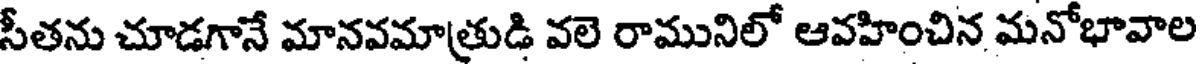
సీతను చూడగానే మానవమాత్రుడి వలె రామునిలో ఆవహించిన మనోభావాల